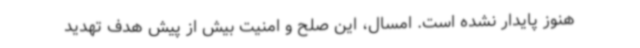
هنوز پایدار نشده است. امسال، این صلح و امنیت بیش از پیش هدف تهدید